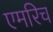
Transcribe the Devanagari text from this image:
एमरिच